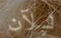
للآن